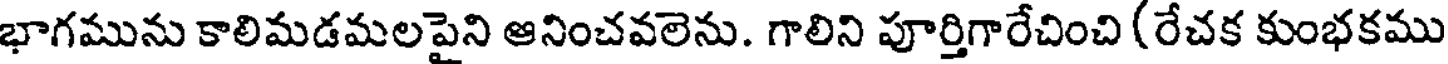
భాగమును కాలిమడమలపైని ఆనించవలెను. గాలిని పూర్తిగారేచించి (రేచక కుంభకము